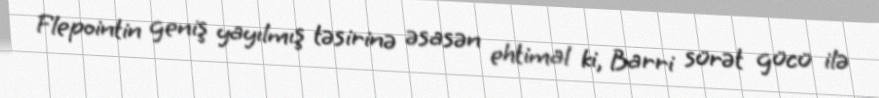
Flepointin geniş yayılmış təsirinə əsasən ehtimal ki, Barri sürət gücü ilə